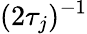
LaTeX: (2\tau_{j})^{-1}